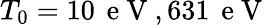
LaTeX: T_{0}=10\, \mathrm{~e~V~},631\, \mathrm{~e~V~}